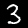
Label: 3